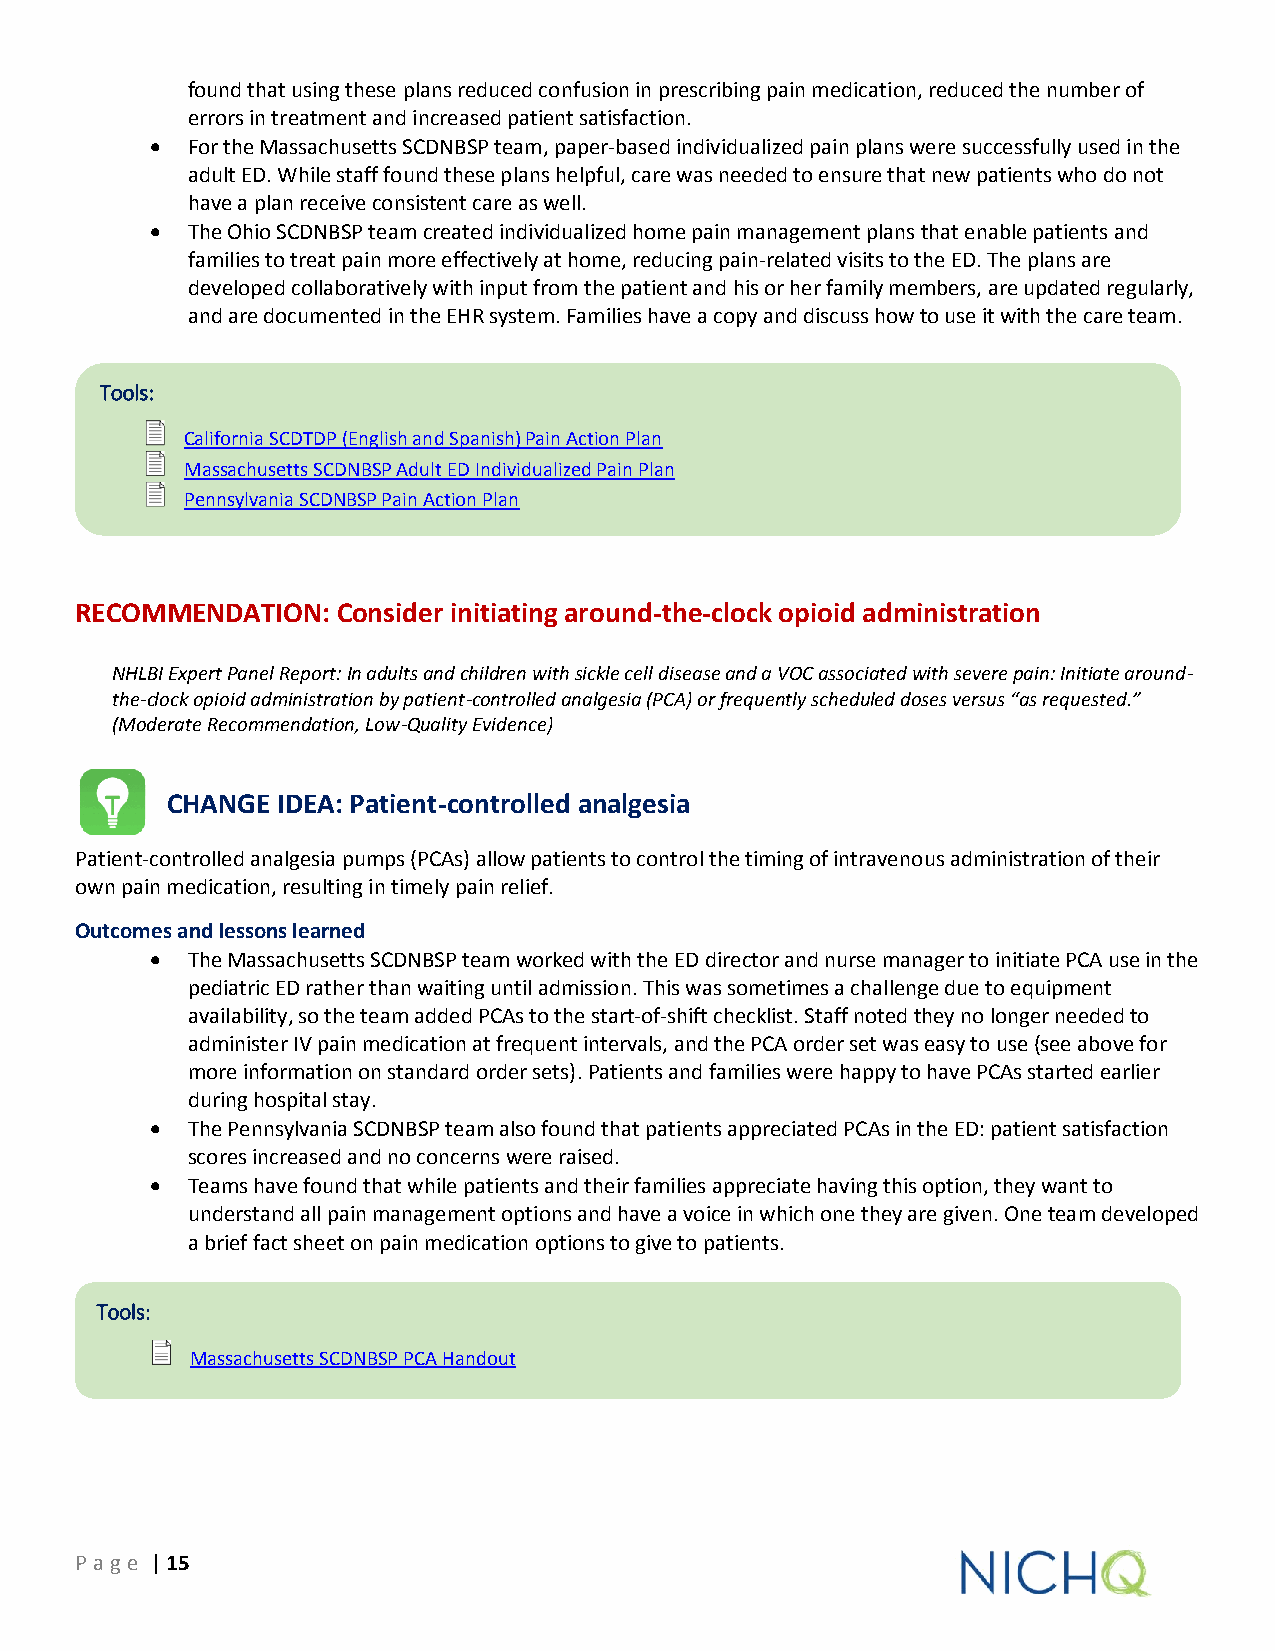
found that using these plans reduced confusion in prescribing pain medication, reduced the number of
 errors in treatment and increased patient satisfaction.
  For the Massachusetts SCDNBSP team, paper-based individualized pain plans were successfully used in the
 adult ED. While staff found these plans helpful, care was needed to ensure that new patients who do not
 have a plan receive consistent care as well.
  The Ohio SCDNBSP team created individualized home pain management plans that enable patients and
 families to treat pain more effectively at home, reducing pain-related visits to the ED. The plans are
 developed collaboratively with input from the patient and his or her family members, are updated regularly,
 and are documented in the EHR system. Families have a copy and discuss how to use it with the care team.
 Tools:
 California SCDTDP (English and Spanish) Pain Action Plan
 Massachusetts SCDNBSP Adult ED Individualized Pain Plan
 Pennsylvania SCDNBSP Pain Action Plan
 RECOMMENDATION:  Consider initiating around-the-clock opioid administration
 NHLBI Expert Panel Report: In adults and children with sickle cell disease and a VOC associated with severe pain: Initiate around-
 the-clock opioid administration by patient-controlled analgesia (PCA) or frequently scheduled doses versus “as requested.”
 (Moderate Recommendation, Low-Quality Evidence)
 CHANGE IDEA: Patient-controlled analgesia
 Patient-controlled analgesia pumps (PCAs) allow patients to control the timing of intravenous administration of their
 own pain medication, resulting in timely pain relief.
 Outcomes and lessons learned
  The Massachusetts SCDNBSP team worked with the ED director and nurse manager to initiate PCA use in the
 pediatric ED rather than waiting until admission. This was sometimes a challenge due to equipment
 availability, so the team added PCAs to the start-of-shift checklist. Staff noted they no longer needed to
 administer IV pain medication at frequent intervals, and the PCA order set was easy to use (see above for
 more information on standard order sets). Patients and families were happy to have PCAs started earlier
 during hospital stay.
  The Pennsylvania SCDNBSP team also found that patients appreciated PCAs in the ED: patient satisfaction
 scores increased and no concerns were raised.
  Teams have found that while patients and their families appreciate having this option, they want to
 understand all pain management options and have a voice in which one they are given. One team developed
 a brief fact sheet on pain medication options to give to patients.
 Tools:
 Massachusetts SCDNBSP PCA Handout
 P age | 15